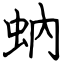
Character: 蚋